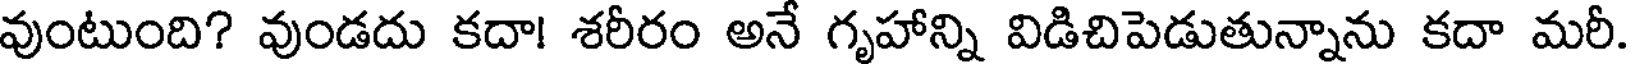
వుంటుంది? వుండదు కదా! శరీరం అనే గృహాన్ని విడిచిపెడుతున్నాను కదా మరీ